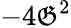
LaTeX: -4\mathfrak{G}^{2}